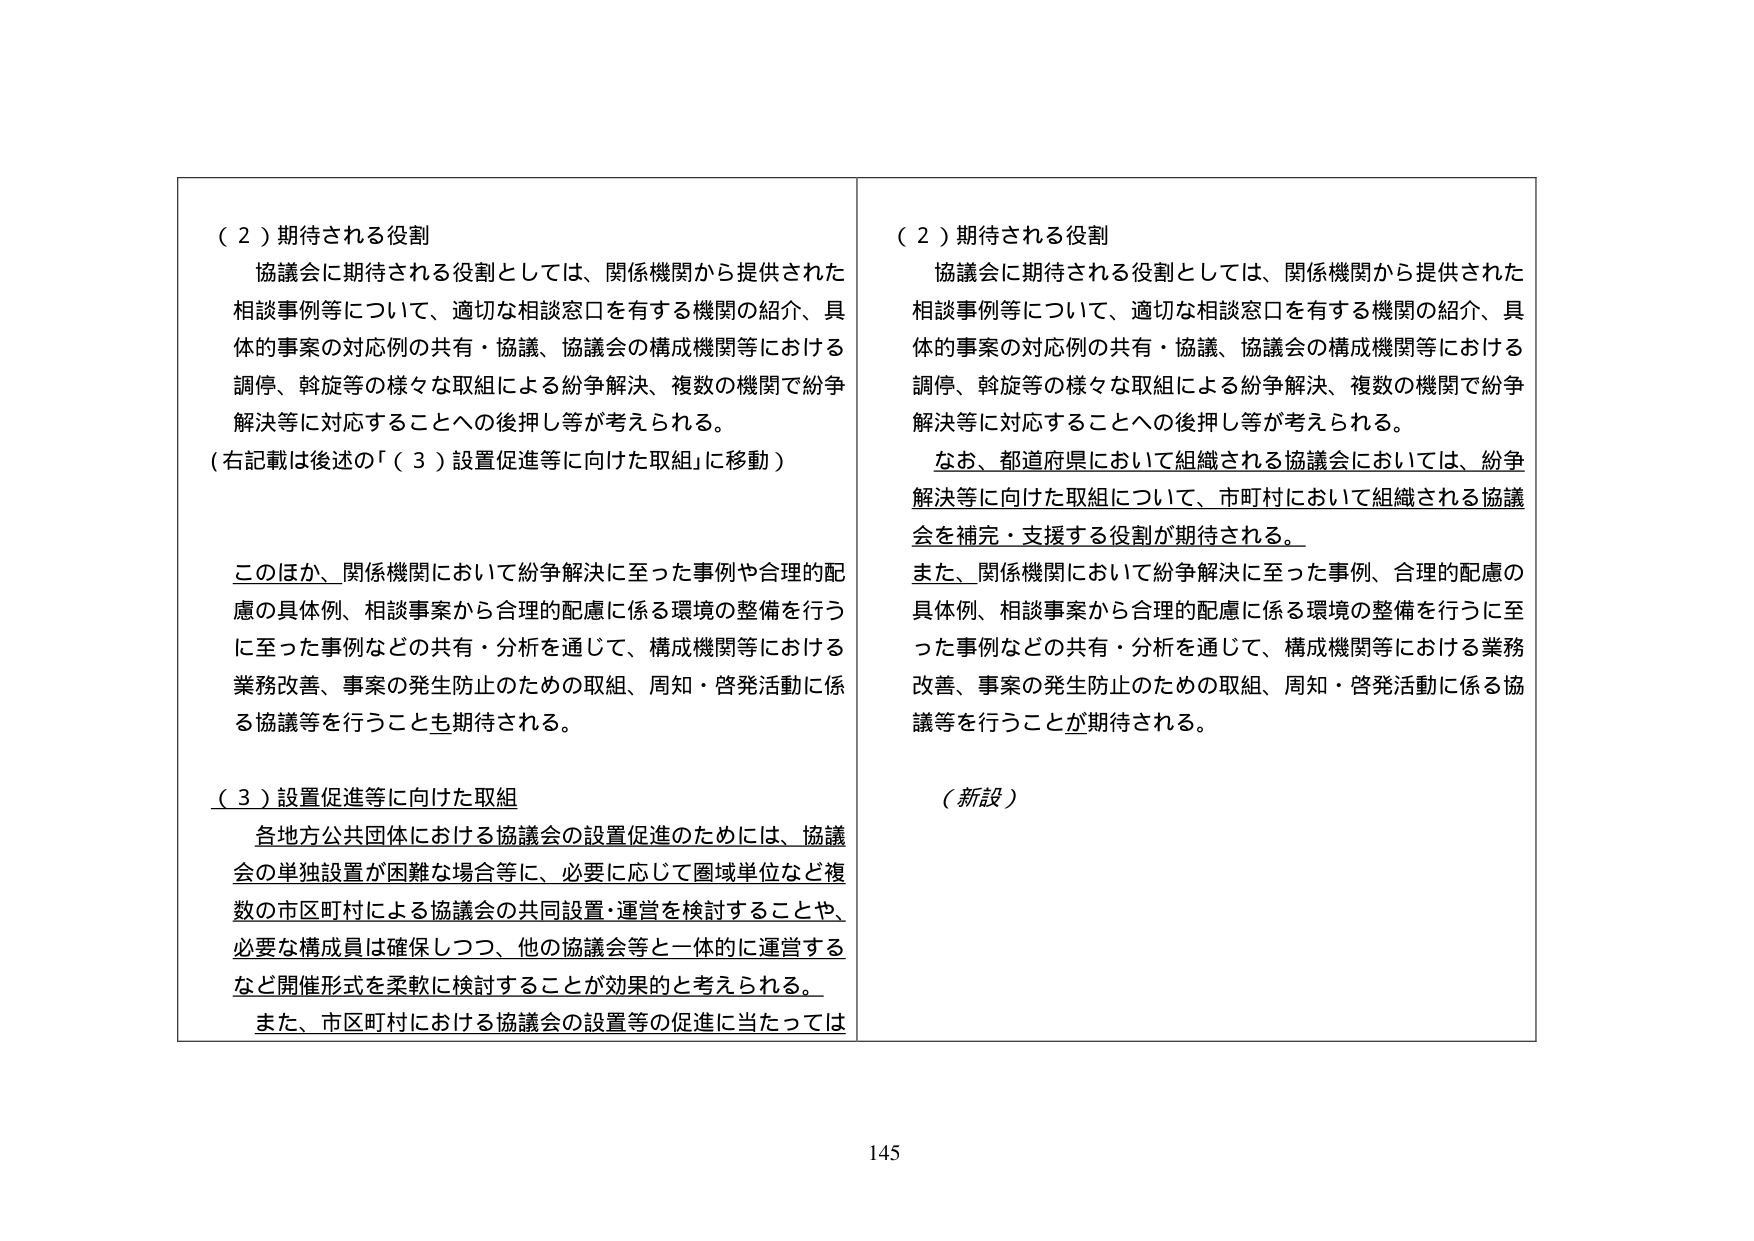
（２）期待される役割
協議会に期待される役割としては、関係機関から提供された相談事例等について、適切な相談窓口を有する機関の紹介、具体的事案の対応例の共有・協議、協議会の構成機関等における調停、斡旋等の様々な取組による紛争解決、複数の機関で紛争解決等に対応することへの後押し等が考えられる。
（右記載は後述の「（３）設置促進等に向けた取組」に移動）

このほか、関係機関において紛争解決に至った事例や合理的配慮の具体例、相談事案から合理的配慮に係る環境の整備を行うに至った事例などの共有・分析を通じて、構成機関等における業務改善、事案の発生防止のための取組、周知・啓発活動に係る協議等を行うことも期待される。

（３）設置促進等に向けた取組
各地方公共団体における協議会の設置促進のためには、協議会の単独設置が困難な場合等に、必要に応じて圏域単位など複数の市区町村による協議会の共同設置・運営を検討することや、必要な構成員は確保しつつ、他の協議会等と一体的に運営するなど開催形式を柔軟に検討することが効果的と考えられる。
また、市区町村における協議会の設置等の促進に当たっては

（２）期待される役割
協議会に期待される役割としては、関係機関から提供された相談事例等について、適切な相談窓口を有する機関の紹介、具体的事案の対応例の共有・協議、協議会の構成機関等における調停、斡旋等の様々な取組による紛争解決、複数の機関で紛争解決等に対応することへの後押し等が考えられる。
なお、都道府県において組織される協議会においては、紛争解決等に向けた取組について、市町村において組織される協議会を補完・支援する役割が期待される。
また、関係機関において紛争解決に至った事例、合理的配慮の具体例、相談事案から合理的配慮に係る環境の整備を行うに至った事例などの共有・分析を通じて、構成機関等における業務改善、事案の発生防止のための取組、周知・啓発活動に係る協議等を行うことが期待される。

（新設）

145